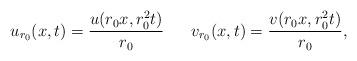
LaTeX: \begin{align*} u_{r_0}(x, t)= \frac{ u(r_{0} x, r_{0}^{2} t)}{r_{0}}\ \ \ \ \ v_{r_0}(x, t)= \frac{ v(r_{0} x, r_{0}^{2} t)}{r_{0}},\end{align*}